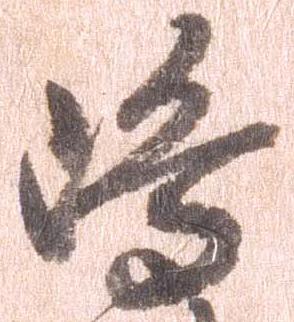
島